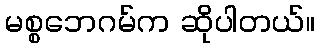
မစ္စဘေဂမ်က ဆိုပါတယ်။